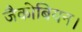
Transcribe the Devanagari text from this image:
जैकोबियन।